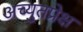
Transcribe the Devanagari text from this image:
अच्युतप्रेक्ष